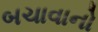
બચાવાનો